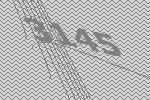
3145